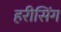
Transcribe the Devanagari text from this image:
हरीसिंग